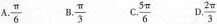
A.\frac{\pi}{6} B.\frac{\pi}{3} C.\frac{5\pi}{6} D.\frac{2\pi}{3}